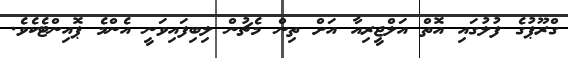
ގްރޫޕުގެ ފުލުގައި އޮތް އަލްޖީރިއާ އަށް ތިން މެޗުން ލިބިފައިވަނީ އެންމެ ޕޮއިންޓެކެވެ.